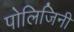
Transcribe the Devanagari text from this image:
पोलिजिनी